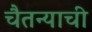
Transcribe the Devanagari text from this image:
चैतन्याची